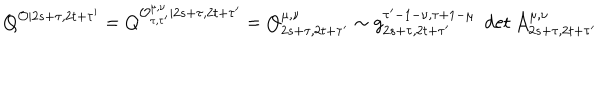
Q ^ { \mathcal { O } | 2 s + \tau , 2 t + \tau ^ { \prime } } = Q ^ { \mathcal { O } _ { \tau , \tau ^ { \prime } } ^ { \mu , \nu } | 2 s + \tau , 2 t + \tau ^ { \prime } } = Q _ { 2 s + \tau , 2 t + \tau ^ { \prime } } ^ { \mu , \nu } \sim g _ { 2 s + \tau , 2 t + \tau ^ { \prime } } ^ { \tau ^ { \prime } - 1 - \nu , \tau + 1 - \mu } \, \, \det \mathcal { A } _ { 2 s + \tau , 2 t + \tau ^ { \prime } } ^ { \mu , \nu } \, \,